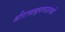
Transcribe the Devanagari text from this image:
श्रीरामलक्ष्मणजानकी